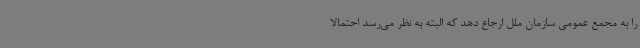
را به مجمع عمومی سازمان ملل ارجاع دهد که البته به نظر می‌رسد احتمالا